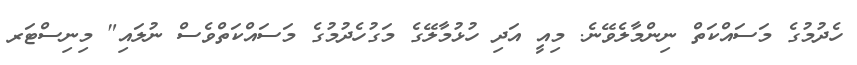
ހެދުމުގެ މަސައްކަތް ނިންމާލެވޭނެ. މިއީ އަދި ހުޅުމާލޭގެ މަގުހެދުމުގެ މަަސައްކަތްވެސް ނުލައި" މިނިސްޓަރ